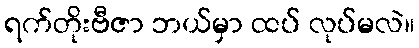
ရက်တိုးဗီဇာ ဘယ်မှာ ထပ် လုပ်မလဲ။